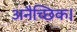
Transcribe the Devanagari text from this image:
अनैच्छिक।